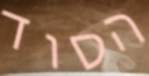
הסוד